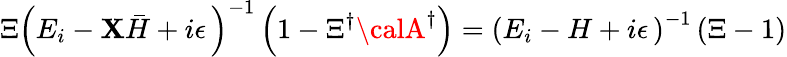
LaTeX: \Xi\left(E_{i}-{\cal\mathbf{X}}{\bar{{H}}}+i\epsilon\, \right)^{-1}\left(1-\Xi^{\dagger}{\calA}^{\dagger}\right)=\left(E_{i}-H+i\epsilon\, \right)^{-1}\left(\Xi-1\right)